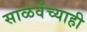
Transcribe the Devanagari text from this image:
साळवेंच्याही